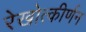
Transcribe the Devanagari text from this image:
रेखोत्कीर्णन